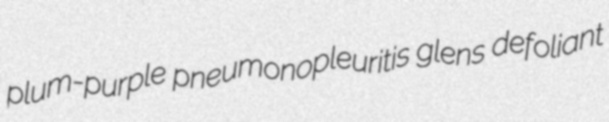
plum-purple pneumonopleuritis glens defoliant